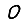
Digit: 0